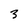
Character: 3